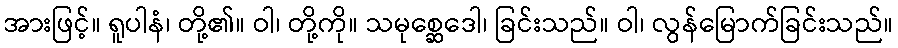
အားဖြင့်။ ရူပါနံ၊ တို့၏။ ဝါ၊ တို့ကို။ သမုစ္ဆေဒေါ၊ ခြင်းသည်။ ဝါ၊ လွန်မြောက်ခြင်းသည်။